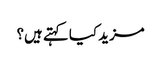
مزید کیا کہتے ہیں؟